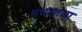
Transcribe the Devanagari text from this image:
मधशाळा